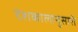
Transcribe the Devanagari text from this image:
देशकालानुसारी